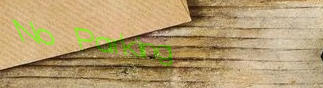
No Parking